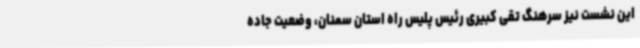
این نشست نیز سرهنگ تقی کبیری رئیس پلیس راه استان سمنان، وضعیت جاده